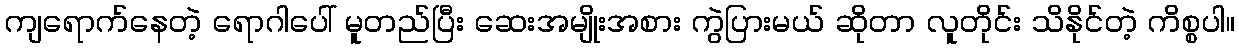
ကျရောက်နေတဲ့ ရောဂါပေါ် မူတည်ပြီး ဆေးအမျိုးအစား ကွဲပြားမယ် ဆိုတာ လူတိုင်း သိနိုင်တဲ့ ကိစ္စပါ။